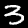
Label: 3